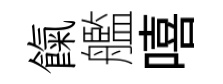
餼艦嘻